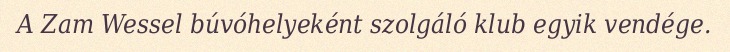
A Zam Wessel búvóhelyeként szolgáló klub egyik vendége.